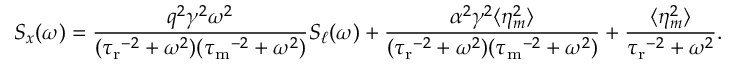
S _ { x } ( \omega ) = \frac { q ^ { 2 } \gamma ^ { 2 } \omega ^ { 2 } } { ( { \tau _ { \mathrm { r } } } ^ { - 2 } + \omega ^ { 2 } ) ( { \tau _ { \mathrm { m } } } ^ { - 2 } + \omega ^ { 2 } ) } S _ { \ell } ( \omega ) + \frac { \alpha ^ { 2 } \gamma ^ { 2 } \langle \eta _ { m } ^ { 2 } \rangle } { ( { \tau _ { \mathrm { r } } } ^ { - 2 } + \omega ^ { 2 } ) ( { \tau _ { \mathrm { m } } } ^ { - 2 } + \omega ^ { 2 } ) } + \frac { \langle \eta _ { m } ^ { 2 } \rangle } { { \tau _ { \mathrm { r } } } ^ { - 2 } + \omega ^ { 2 } } .